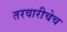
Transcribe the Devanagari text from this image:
तरवारीचेच